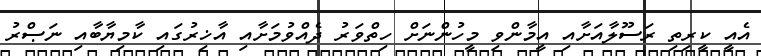
އެއީ ކީރިތި ރަސޫލާއަށާއި އީމާންވި މީހުންނަށް ހިތްވަރު ދެއްވުމަށާއި އާޚިރުގައި ކާމިޔާބާއި ނަޞްރު